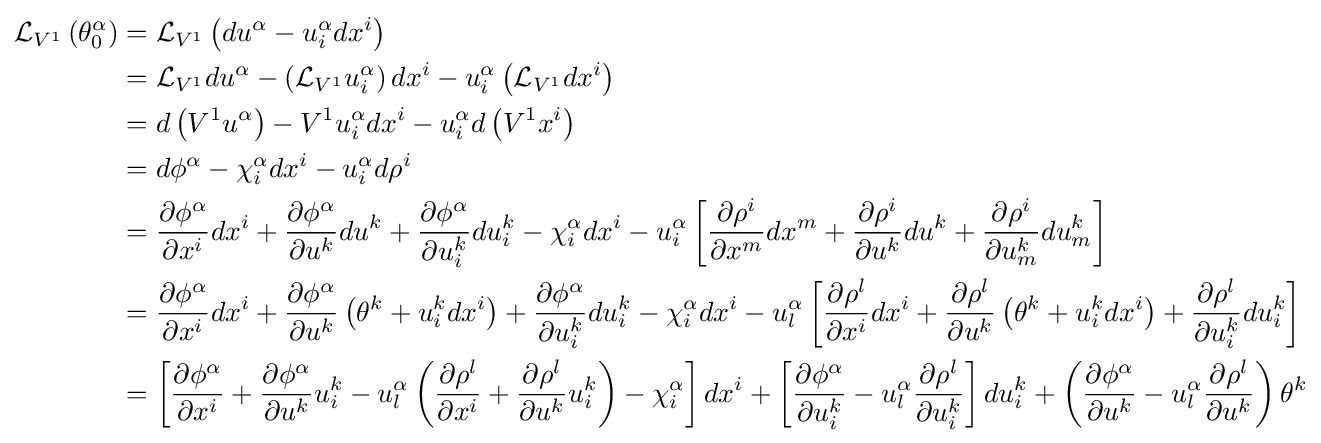
{\begin{aligned}{\mathcal {L}}_{V^{1}}\left(\theta _{0}^{\alpha }\right)&={\mathcal {L}}_{V^{1}}\left(du^{\alpha }-u_{i}^{\alpha }dx^{i}\right)\\&={\mathcal {L}}_{V^{1}}du^{\alpha }-\left({\mathcal {L}}_{V^{1}}u_{i}^{\alpha }\right)dx^{i}-u_{i}^{\alpha }\left({\mathcal {L}}_{V^{1}}dx^{i}\right)\\&=d\left(V^{1}u^{\alpha }\right)-V^{1}u_{i}^{\alpha }dx^{i}-u_{i}^{\alpha }d\left(V^{1}x^{i}\right)\\&=d\phi ^{\alpha }-\chi _{i}^{\alpha }dx^{i}-u_{i}^{\alpha }d\rho ^{i}\\&={\frac {\partial \phi ^{\alpha }}{\partial x^{i}}}dx^{i}+{\frac {\partial \phi ^{\alpha }}{\partial u^{k}}}du^{k}+{\frac {\partial \phi ^{\alpha }}{\partial u_{i}^{k}}}du_{i}^{k}-\chi _{i}^{\alpha }dx^{i}-u_{i}^{\alpha }\left[{\frac {\partial \rho ^{i}}{\partial x^{m}}}dx^{m}+{\frac {\partial \rho ^{i}}{\partial u^{k}}}du^{k}+{\frac {\partial \rho ^{i}}{\partial u_{m}^{k}}}du_{m}^{k}\right]\\&={\frac {\partial \phi ^{\alpha }}{\partial x^{i}}}dx^{i}+{\frac {\partial \phi ^{\alpha }}{\partial u^{k}}}\left(\theta ^{k}+u_{i}^{k}dx^{i}\right)+{\frac {\partial \phi ^{\alpha }}{\partial u_{i}^{k}}}du_{i}^{k}-\chi _{i}^{\alpha }dx^{i}-u_{l}^{\alpha }\left[{\frac {\partial \rho ^{l}}{\partial x^{i}}}dx^{i}+{\frac {\partial \rho ^{l}}{\partial u^{k}}}\left(\theta ^{k}+u_{i}^{k}dx^{i}\right)+{\frac {\partial \rho ^{l}}{\partial u_{i}^{k}}}du_{i}^{k}\right]\\&=\left[{\frac {\partial \phi ^{\alpha }}{\partial x^{i}}}+{\frac {\partial \phi ^{\alpha }}{\partial u^{k}}}u_{i}^{k}-u_{l}^{\alpha }\left({\frac {\partial \rho ^{l}}{\partial x^{i}}}+{\frac {\partial \rho ^{l}}{\partial u^{k}}}u_{i}^{k}\right)-\chi _{i}^{\alpha }\right]dx^{i}+\left[{\frac {\partial \phi ^{\alpha }}{\partial u_{i}^{k}}}-u_{l}^{\alpha }{\frac {\partial \rho ^{l}}{\partial u_{i}^{k}}}\right]du_{i}^{k}+\left({\frac {\partial \phi ^{\alpha }}{\partial u^{k}}}-u_{l}^{\alpha }{\frac {\partial \rho ^{l}}{\partial u^{k}}}\right)\theta ^{k}\end{aligned}}